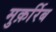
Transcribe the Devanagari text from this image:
मुक़र्रिब